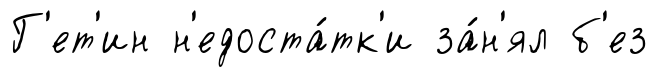
Г'ет'ин н'едоста́тк'и за́н'ял б'ез